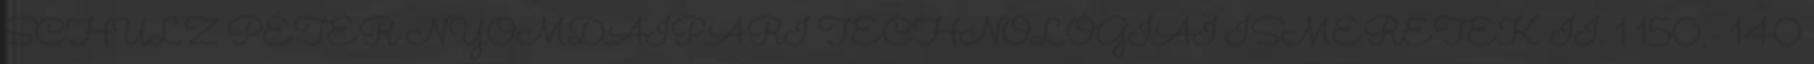
SCHULZ PÉTER NYOMDAIPARI TECHNOLÓGIAI ISMERETEK II. 1 150,- 140